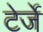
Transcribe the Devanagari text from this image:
टेर्जे